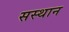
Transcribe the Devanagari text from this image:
सस्थान